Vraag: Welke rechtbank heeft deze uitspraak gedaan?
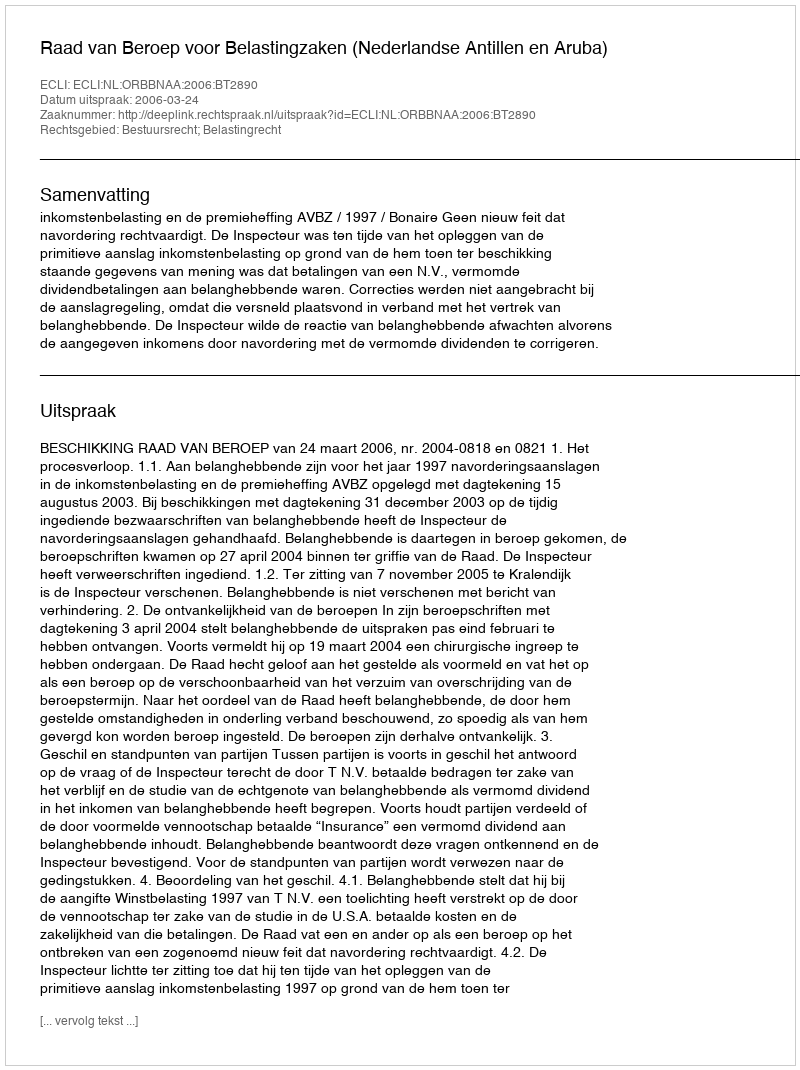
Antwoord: Raad van Beroep voor Belastingzaken (Nederlandse Antillen en Aruba)